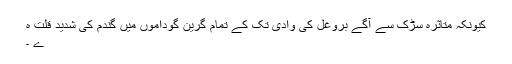
کیونکہ متاثرہ سڑک سے آگے بروغل کی وادی تک کے تمام گرین گوداموں میں گندم کی شدید قلت ہ
ے ۔